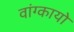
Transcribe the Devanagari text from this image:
वांग्कायो